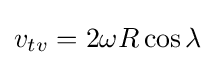
v_{tv}=2\omega R\cos \lambda